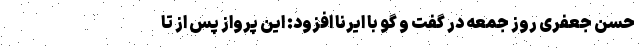
حسن جعفری روز جمعه در گفت و گو با ایرنا افزود: این پرواز پس از تا